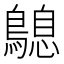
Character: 𪄛